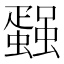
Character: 𰳢